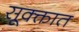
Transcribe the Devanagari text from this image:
सूक्क्तात